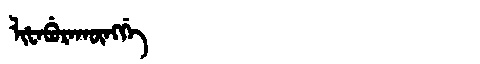
Manchu: ᠯᡳᡶᠠᠪᡠᡵᠠᡴᡡᠩᡤᡝ
Romanization: LIFABURAKŪNGGE